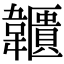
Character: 𩏱